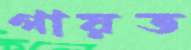
গায়ত